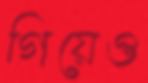
গিয়েও